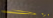
معجزات